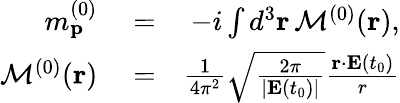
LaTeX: \begin{array}{rlr}{m_{\mathbf{p}}^{(0)}}&{{}=}&{-i\int d^{3}\mathbf{r}\, {\cal M}^{(0)}(\mathbf{r}),}\\ {{\cal M}^{(0)}(\mathbf{r})}&{{}=}&{\frac{1}{4\pi^{2}}\sqrt{\frac{2\pi}{|\mathbf{E}(t_{0})|}}\frac{\mathbf{r}\cdot\mathbf{E}(t_{0})}{r}}\end{array}